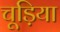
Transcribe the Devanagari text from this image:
चूड़िया